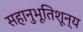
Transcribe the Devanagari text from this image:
सहानुभूतिशून्य